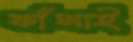
ফাঁসাই